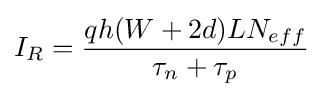
I_{R}={\frac {qh(W+2d)LN_{eff}}{\tau _{n}+\tau _{p}}}